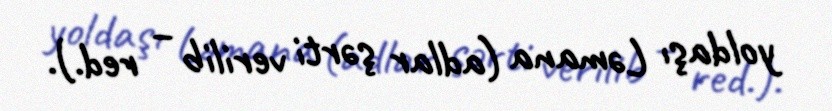
yoldaşı Ləmana (adlar şərti verilib – red.).